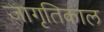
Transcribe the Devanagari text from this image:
जागृतिकाल